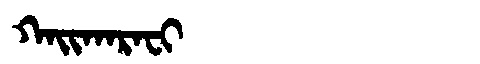
Manchu: ᡴᠠᡳᡴᠠᡵᠠᠸᡳ
Romanization: KAIKARAFI